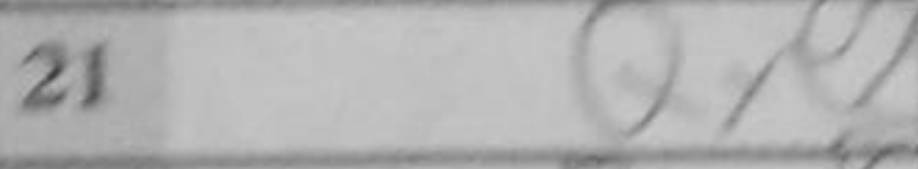
Transcription: Qxe2